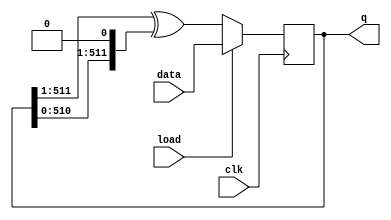
module top_module(
    input clk,
    input load,
    input [511:0] data,
    output [511:0] q ); 
    always @(posedge clk) begin
        if(load)  q<=data;
        else      q<={1'b0,q[511:1]}^{q[510:0],1'b0}; //左移结果与右移结果的异或
    end
endmodule